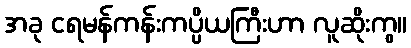
အခု ငရမန်ကန်းကပ္ပိယကြီးဟာ လူဆိုးကွ။